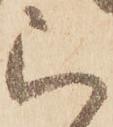
被